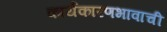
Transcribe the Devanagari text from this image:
कार्यकारणभावाची